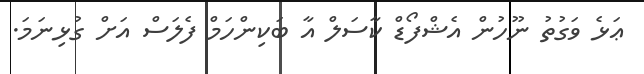
ޢަޅެ ވަގުތު ނޫހުން އެޝްފޯޑް ކާސަލް އާ ބަކިންހަމް ފެލަސް އަށް ގުޅިނަމަ.